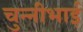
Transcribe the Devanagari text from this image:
चुन्नीभाई